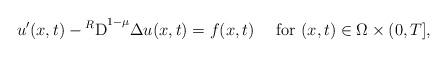
\begin{align*} u'(x,t) - {^{R}{\rm D}}^{1-\mu} \Delta u(x,t) = f(x,t) \quad\mbox{ for } (x,t)\in \Omega\times (0,T],\end{align*}